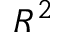
R ^ { 2 }